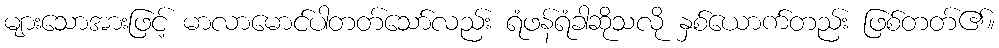
များသောအားဖြင့် မာလာမောင်ပါတတ်သော်လည်း ရံဖန်ရံခါဆိုသလို နှစ်ယောက်တည်း ဖြစ်တတ်၏။